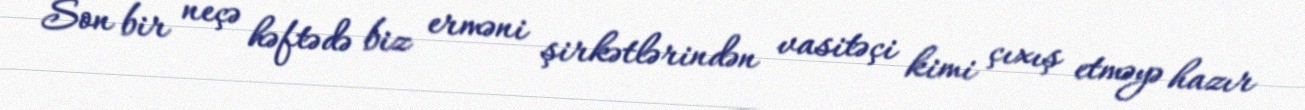
Son bir neçə həftədə biz erməni şirkətlərindən vasitəçi kimi çıxış etməyə hazır